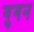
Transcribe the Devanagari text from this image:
गुगन